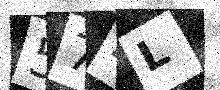
Text: 574L